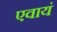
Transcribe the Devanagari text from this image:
एवायं